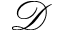
\mathcal D